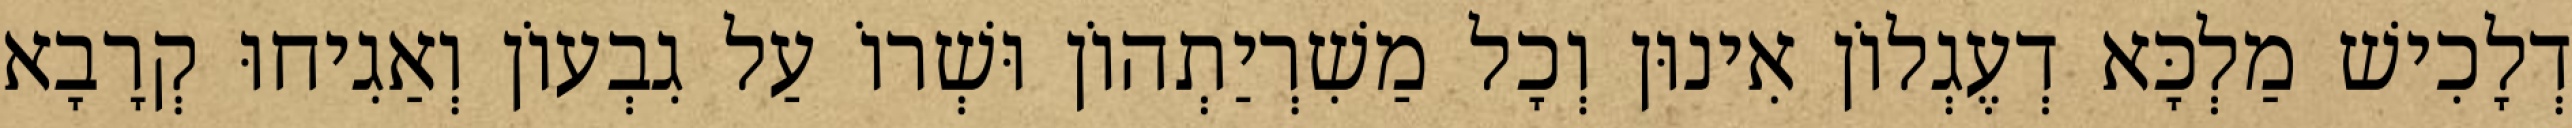
דְלָכִישׁ מַלְכָּא דְעֶגְלוֹן אִינוּן וְכָל מַשִׁרְיַתְהוֹן וּשְׁרוֹ עַל גִבְעוֹן וְאַגִיחוּ קְרָבָא